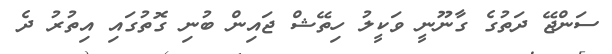
ސަންޖޭ ދަތުގެ ގާނޫނީ ވަކީލު ހިތޭޝް ޖައިން ބުނި ގޮތުގައި އިތުރު ދެ